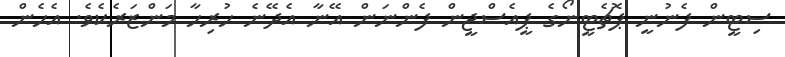
ސިޓީން ފެނުނީ ޕޮޗެޓީނޯގެ ޕީއެސްޖީން ފެންނަން އޭނާ އެދޭނެ ހުރިހާ މަންޒަރެކެވެ. އެހެން